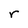
Character: r